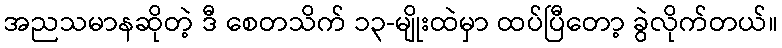
အညသမာနဆိုတဲ့ ဒီ စေတသိက် ၁၃-မျိုးထဲမှာ ထပ်ပြီတော့ ခွဲလိုက်တယ်။